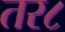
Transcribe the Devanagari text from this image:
तर८